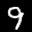
Label: 9